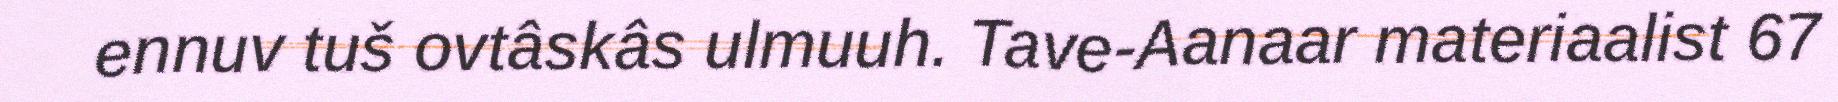
ennuv tuš ovtâskâs ulmuuh. Tave-Aanaar materiaalist 67